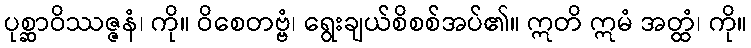
ပုစ္ဆာဝိဿဇ္ဇနံ၊ ကို။ ဝိစေတဗ္ဗံ၊ ရွေးချယ်စိစစ်အပ်၏။ ဣတိ ဣမံ အတ္ထံ၊ ကို။